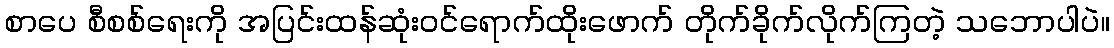
စာပေ စီစစ်ရေးကို အပြင်းထန်ဆုံးဝင်ရောက်ထိုးဖောက် တိုက်ခိုက်လိုက်ကြတဲ့ သဘောပါပဲ။